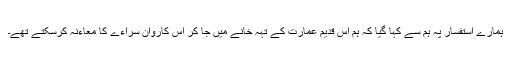
ہمارے استفسار پہ ہم سے کہا گیا کہ ہم اس قدیم عمارت کے تہہ خانے میں جا کر اس کاروان سراءے کا معاءنہ کرسکتے تھے۔